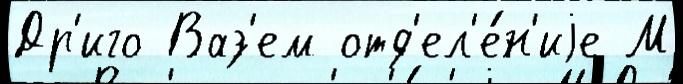
Др'иго Ваз'ем отд'ел'е́н'иjе М